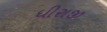
ધીરાજી